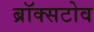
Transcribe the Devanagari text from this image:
ब्रॉक्सटोव